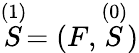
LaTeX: \stackrel{(1)}{S}=(F,\stackrel{(0)}{S})